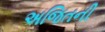
અજિતની